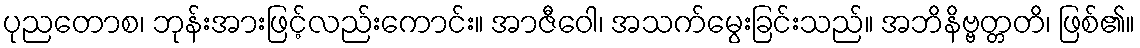
ပုညတောစ၊ ဘုန်းအားဖြင့်လည်းကောင်း။ အာဇီဝေါ၊ အသက်မွေးခြင်းသည်။ အဘိနိဗ္ဗတ္တတိ၊ ဖြစ်၏။